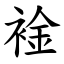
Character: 䘳